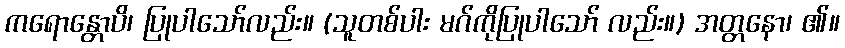
ကရောန္တောပိ၊ ပြုပါသော်လည်း။ (သူတစ်ပါး မဂ်ကိုပြုပါသော် လည်း။) အတ္တနော၊ ၏။